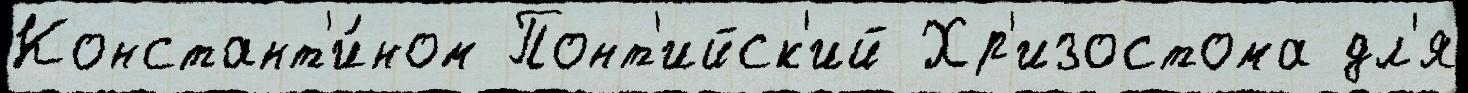
Констант'и́ном Понт'ийск'ий Хр'изостома дл'я